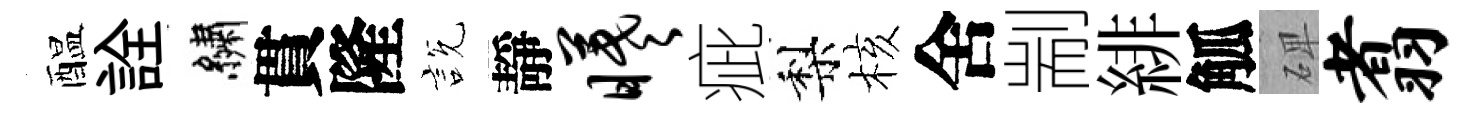
醖詮繡貫隆説靜曦疵梨核舍剬緋觚𥓓翥